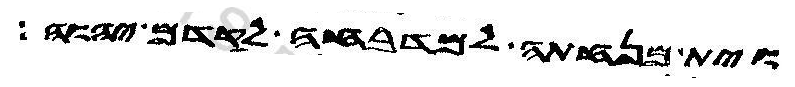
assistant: וית מנחתה למדבחה לקדם יהוה